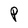
Character: P